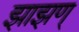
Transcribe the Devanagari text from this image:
झाझण्